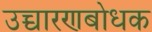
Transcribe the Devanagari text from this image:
उच्चारणबोधक